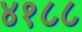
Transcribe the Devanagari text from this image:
४१८८